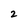
Character: 2